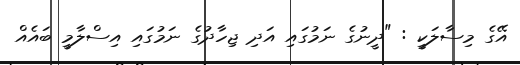
އޭގެ މިސާލަކީ : "ދީނުގެ ނަމުގައި އަދި ޖިހާދުގެ ނަމުގައި އިސްލާމީ ބައެއް